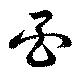
酉